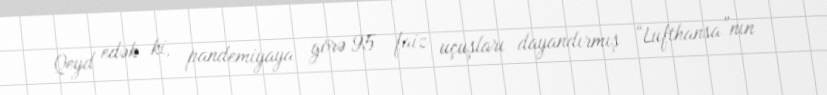
Qeyd edək ki, pandemiyaya görə 95 faiz uçuşları dayandırmış “Lufthansa”nın